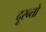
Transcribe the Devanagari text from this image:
दूरन्तो